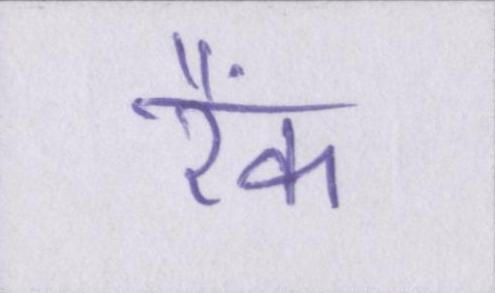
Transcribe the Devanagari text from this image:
रैंक